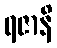
ရဇာနိ